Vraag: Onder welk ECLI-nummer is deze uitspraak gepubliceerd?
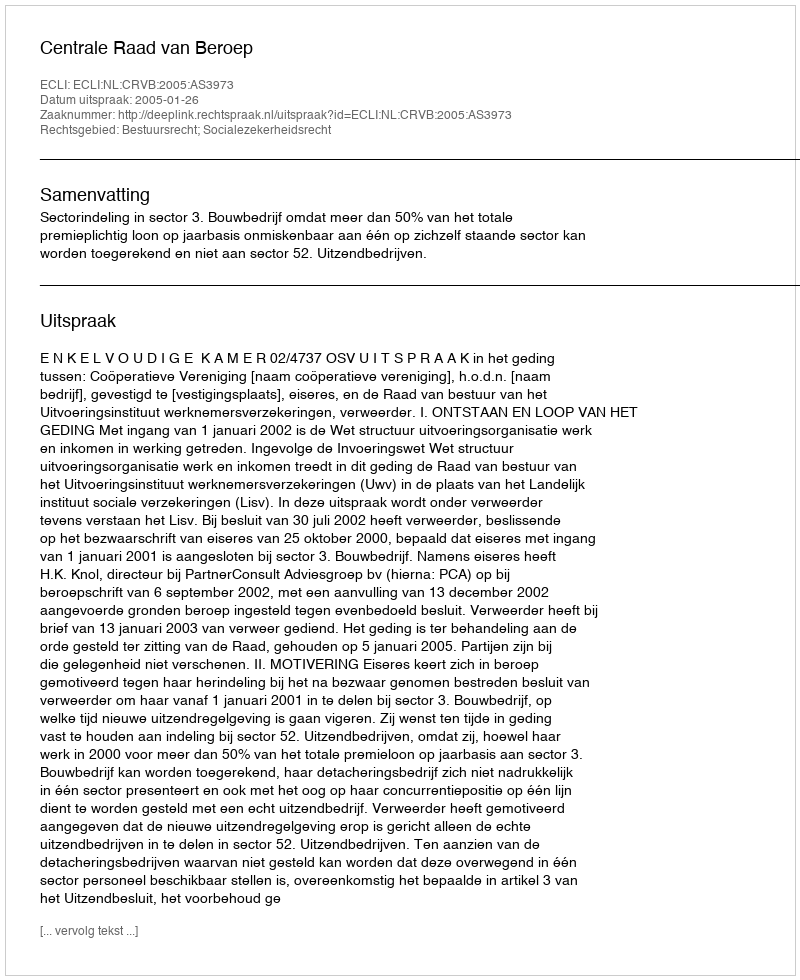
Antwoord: ECLI:NL:CRVB:2005:AS3973